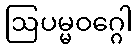
ဩပမ္မဝဂ္ဂေါ